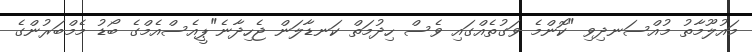
މައުލޫމާތު މުއްސަނދިވި "ކޮންމެ ވަގުތެއްގައި ވެސް ހިދުމަތް ކަނޑާލަން ޖެހިދާނެ"ޕީއެސްއެމްގެ ބޯޑު މެމްބަރުންގެ